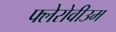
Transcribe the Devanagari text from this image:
फ्लेरोवीउम